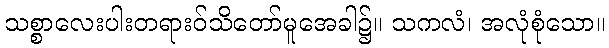
သစ္စာလေးပါးတရားဝ်သိတော်မူအေခါ၌။ သကလံ၊ အလုံစုံသော။